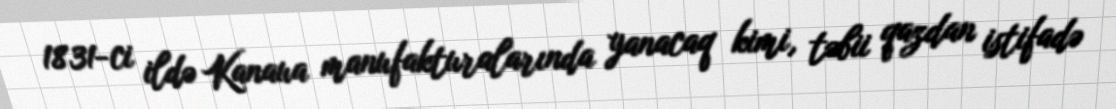
1831-ci ildə Kanaua manufakturalarında yanacaq kimi, təbii qazdan istifadə